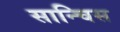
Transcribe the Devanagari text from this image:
सान्चिस